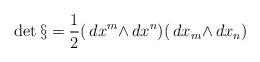
LaTeX: \begin{align*}\det{\S}={1\over2}(\,d{x^m}{\wedge}\,d{x^n})(\,d{x_m}{\wedge}\,d{x_n})\end{align*}